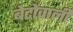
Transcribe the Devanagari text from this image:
बेटोंवाली